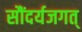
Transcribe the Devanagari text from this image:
सौंदर्यजगत्